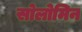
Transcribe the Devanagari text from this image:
सोलोमिन